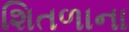
શિતળાના